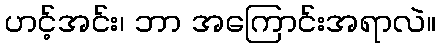
ဟင့်အင်း၊ ဘာ အကြောင်းအရာလဲ။